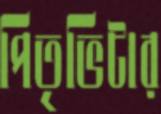
পিতৃভিটার